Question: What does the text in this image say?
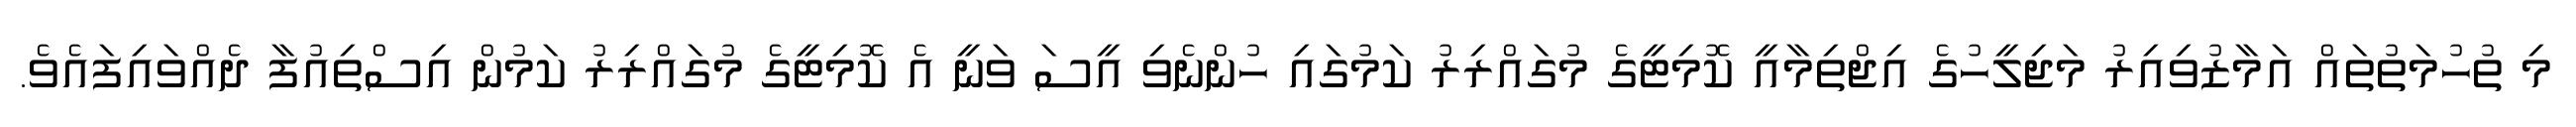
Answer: މި ތުހުމަތުތައް އަމާޒުވިއިރު މަޖިލީހުގެ އިޖްތިމާއީ ކޮމިޓީގެ މުގައްރިރު ކަމުގައި ހުންނެވި އީސަ ވަނީ އެ ކޮމިޓީގެ މުގައްރިރު ކަމުން އިސްތިއުފާ ދެއްވައިފައެވެ.